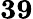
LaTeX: \mathbf{39}